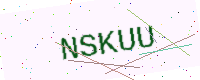
Text: NSKUU